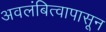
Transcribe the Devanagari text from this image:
अवलंबित्वापासून